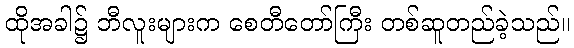
ထိုအခါ၌ ဘီလူးများက စေတီတော်ကြီး တစ်ဆူတည်ခဲ့သည်။